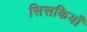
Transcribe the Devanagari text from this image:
सिसकियाँ